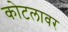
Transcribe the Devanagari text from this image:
कोटलावर